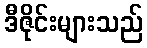
ဒီဇိုင်းများသည်